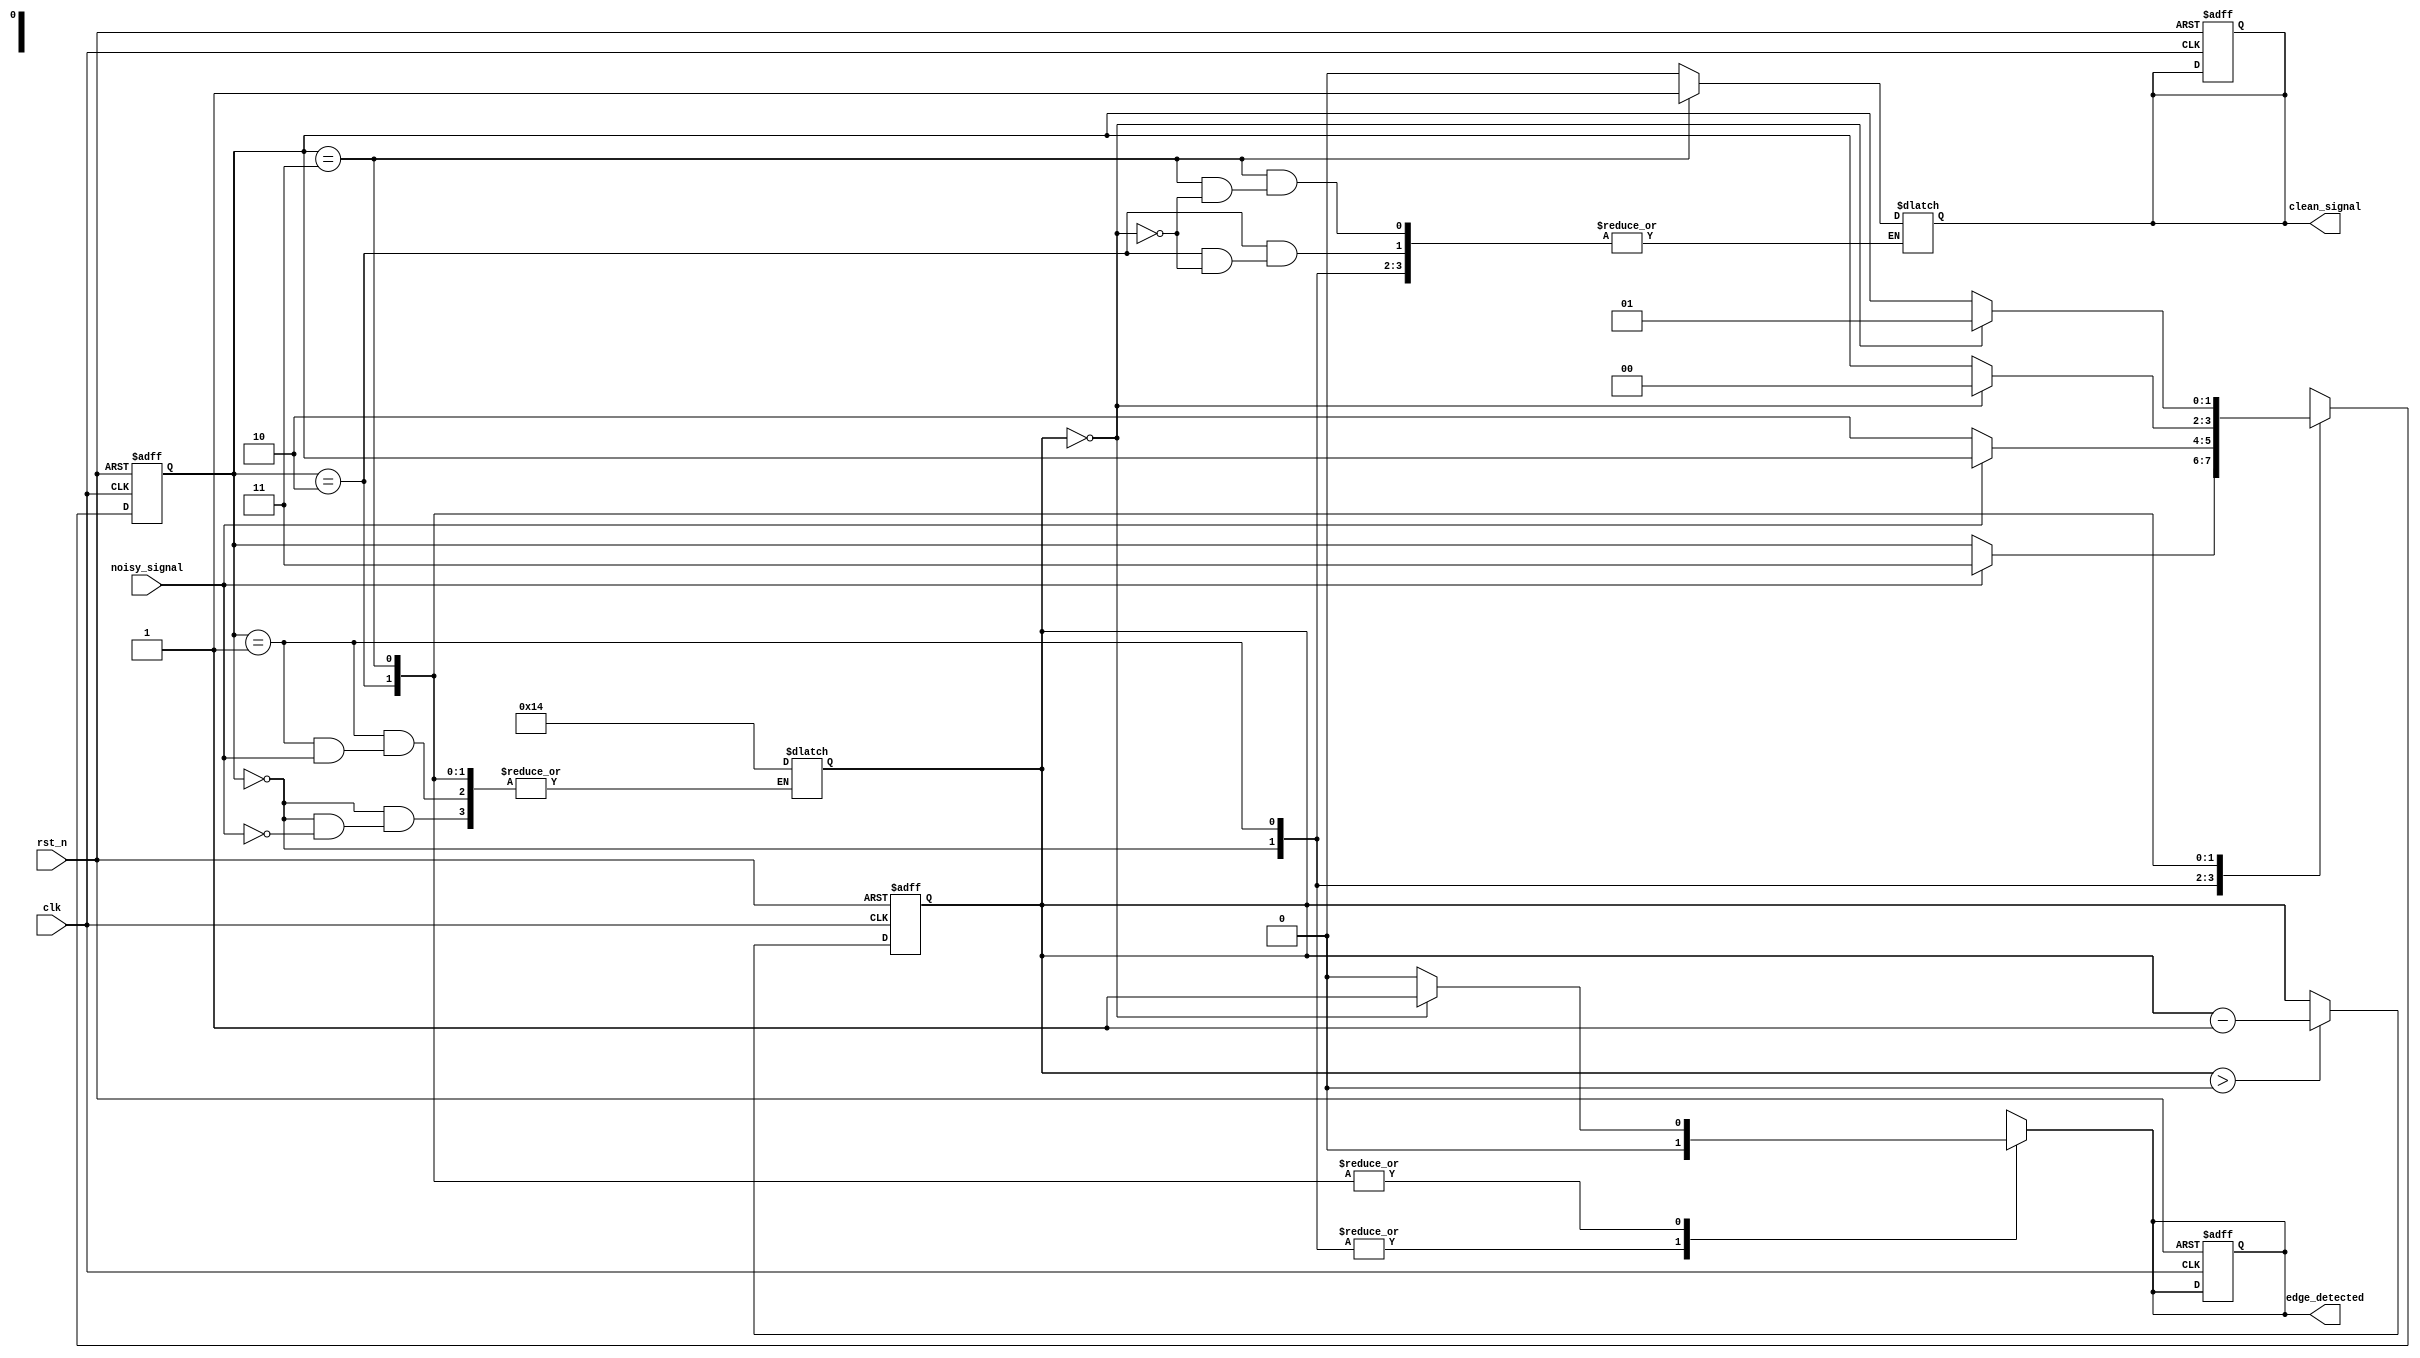
module debounced_edge_detector (
    input wire clk,               // Clock signal
    input wire rst_n,             // Active low reset
    input wire noisy_signal,       // Noisy input signal
    output reg clean_signal,       // Debounced output signal
    output reg edge_detected       // Edge detected signal (1 for rising edge, 0 for falling edge)
);

    // Parameters
    parameter DEBOUNCE_TIME = 20; // Number of clock cycles for debounce time

    // State registers
    reg [1:0] state;               // Current state of the input signal
    reg [1:0] next_state;          // Next state of the input signal
    reg [4:0] debounce_counter;    // Counter for debounce timing

    // State encoding
    localparam LOW = 2'b00;
    localparam HIGH = 2'b01;
    localparam STABLE_LOW = 2'b10;
    localparam STABLE_HIGH = 2'b11;

    // Sequential logic for state storage and debounce counter
    always @(posedge clk or negedge rst_n) begin
        if (!rst_n) begin
            state <= LOW;
            clean_signal <= 0;
            edge_detected <= 0;
            debounce_counter <= 0;
        end else begin
            state <= next_state;
            if (debounce_counter > 0) begin
                debounce_counter <= debounce_counter - 1;
            end
        end
    end

    // Combinational logic for next state and output generation
    always @(*) begin
        next_state = state;
        edge_detected = 0; // Default no edge detected

        case (state)
            LOW: begin
                if (noisy_signal) begin
                    debounce_counter = DEBOUNCE_TIME; // Start debounce counter
                    next_state = STABLE_HIGH;
                end
            end

            HIGH: begin
                if (!noisy_signal) begin
                    debounce_counter = DEBOUNCE_TIME; // Start debounce counter
                    next_state = STABLE_LOW;
                end
            end

            STABLE_LOW: begin
                if (debounce_counter == 0) begin
                    clean_signal = 0; // Output low
                    next_state = LOW;
                    edge_detected = 1; // Falling edge detected
                end
            end

            STABLE_HIGH: begin
                if (debounce_counter == 0) begin
                    clean_signal = 1; // Output high
                    next_state = HIGH;
                    edge_detected = 1; // Rising edge detected
                end
            end

            default: begin
                next_state = LOW; // Default to LOW state
            end
        endcase
    end

endmodule